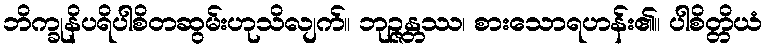
ဘိက္ခုနိပရိပါစိတဆွမ်းဟုသိလျက်။ ဘုဉ္ဇန္တဿ၊ စားသောရဟန်း၏။ ပါစိတ္တိယံ